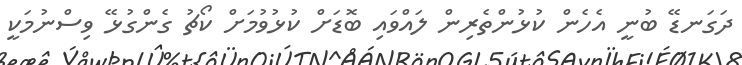
ދަގަނޑޭ ބުނީ އެހެން ކުޅުންތެރިން ލައްވައި ބޮޑަށް ކުޅުވުމަށް ކޯޗު ގެންގުޅޭ ވިސްނުމަކީ